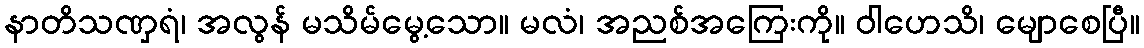
နာတိသဏှရံ၊ အလွန် မသိမ်မွေ့သော။ မလံ၊ အညစ်အကြေးကို။ ဝါဟေသိ၊ မျောစေပြီ။